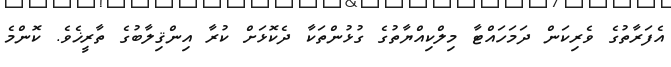
އެފަރާތުގެ ވެރިކަން ދަމަހައްޓާ މިލްކިއްޔާތުގެ ގުޅުންތަކާ ދެކޮޅަށް ކުރާ އިންޤިލާބުގެ ތާރީޚެވެ. ކޮންމެ